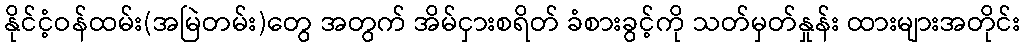
နိုင်ငံ့ဝန်ထမ်း(အမြဲတမ်း)တွေ အတွက် အိမ်ငှားစရိတ် ခံစားခွင့်ကို သတ်မှတ်နှုန်း ထားများအတိုင်း